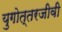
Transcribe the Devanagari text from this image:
युगोत्तरजीवी